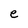
Character: e